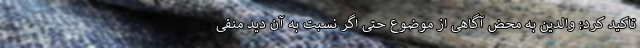
تاکید کرد: والدین به محض آگاهی از موضوع حتی اگر نسبت به آن دید منفی